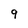
Character: 9